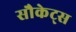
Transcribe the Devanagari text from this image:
सौकेट्स